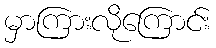
မှာကြားလိုကြောင်း